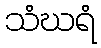
သံဃရံ